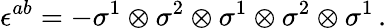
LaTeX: \epsilon^{ab}=-\sigma^{1}\otimes\sigma^{2}\otimes\sigma^{1}\otimes\sigma^{2}\otimes\sigma^{1}\, .